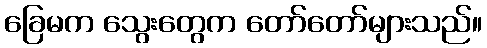
ခြေမက သွေးတွေက တော်တော်များသည်။